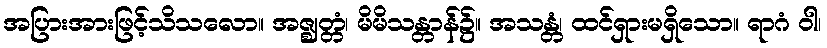
အပြားအားဖြင့်သိသလော။ အဇ္ဈတ္တံ၊ မိမိသန္တာန်၌။ အသန္တံ၊ ထင်ရှားမရှိသော။ ရာဂံ ဝါ၊